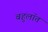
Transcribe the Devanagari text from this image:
बहुलॉत